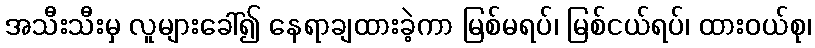
အသီးသီးမှ လူများခေါ်၍ နေရာချထားခဲ့ကာ မြစ်မရပ်၊ မြစ်ငယ်ရပ်၊ ထားဝယ်စု၊